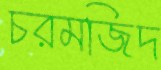
চরমজিদ